Annual administration report of the Civil Veterinary Department of India - 1896-1897
Year: 1896
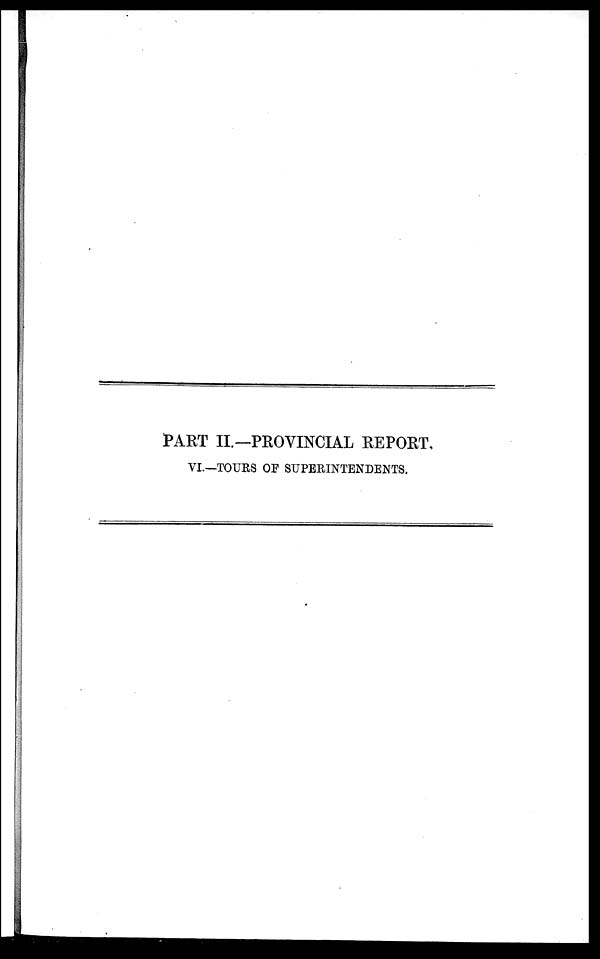
PART II.—PROVINCIAL REPORT.
VI.—TOURS OF SUPERINTENDENTS.